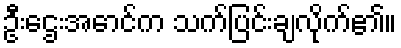
ဦးဌေးအောင်က သက်ပြင်းချလိုက်၏။